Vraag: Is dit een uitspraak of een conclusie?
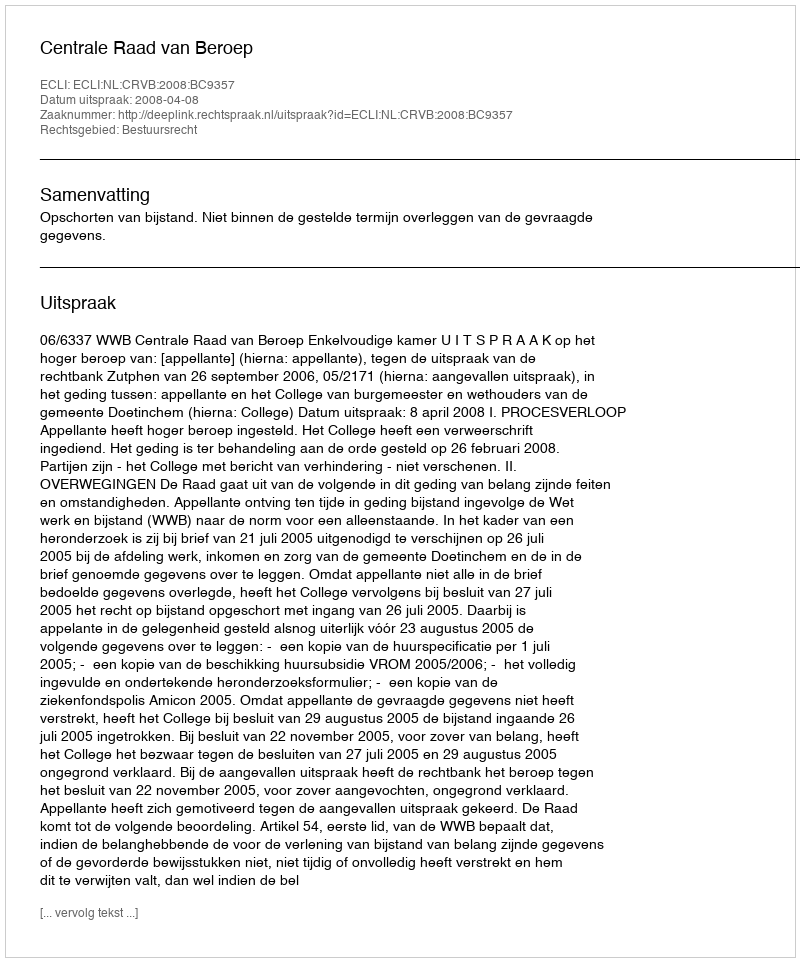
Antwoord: Uitspraak